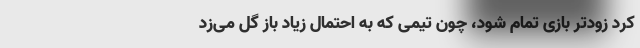
کرد زودتر بازی تمام شود، چون تیمی که به احتمال زیاد باز گل می‌زد